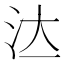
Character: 𣲔